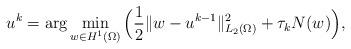
LaTeX: \begin{align*}u^k=\arg\min_{w\in H^1(\Omega)} \Big(\frac{1}{2}\|w-u^{k-1}\|_{L_2(\Omega)}^2+ \tau_k N(w)\Big),\end{align*}